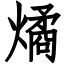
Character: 燏